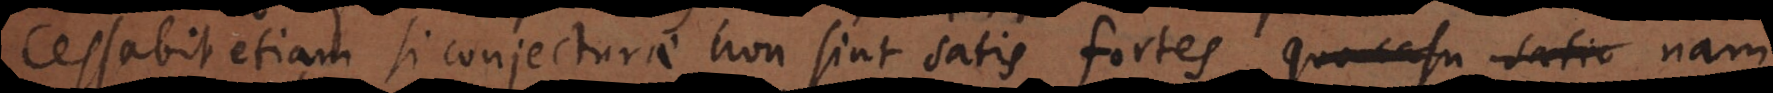
Cessabit etiam si conjecturae non sint satis fortes, quo casu satiu nam